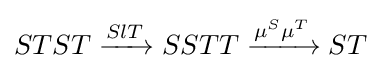
STST\xrightarrow {SlT} SSTT\xrightarrow {\mu ^{S}\mu ^{T}} ST